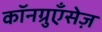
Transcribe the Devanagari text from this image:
कॉनग्रुएँसेज़